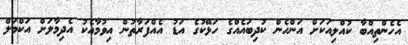
އެހެންތިއްބާ ކުއްލިއަކަށް އަންހެން ކުދިބައެއްގެ ހަޅޭކުގެ އަޑު އެއްފަރާތުން އިވުމާއެކު އެދިމާލަށް އަކްމަލް